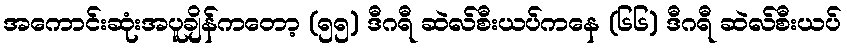
အကောင်းဆုံးအပူချိန်ကတော့ (၅၅) ဒီဂရီ ဆဲလ်စီးယပ်ကနေ (၆၆) ဒီဂရီ ဆဲလ်စီးယပ်